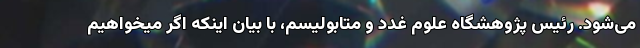
می‌شود. رئیس پژوهشگاه علوم غدد و متابولیسم، با بیان اینکه اگر میخواهیم